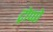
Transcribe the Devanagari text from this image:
ट्रोप्पो